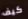
كيف